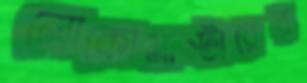
লোকোমাস্টারের